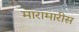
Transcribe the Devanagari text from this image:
मारामारीस